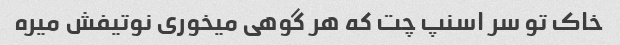
خاک تو سر اسنپ چت که هر گوهی میخوری نوتیفش میره